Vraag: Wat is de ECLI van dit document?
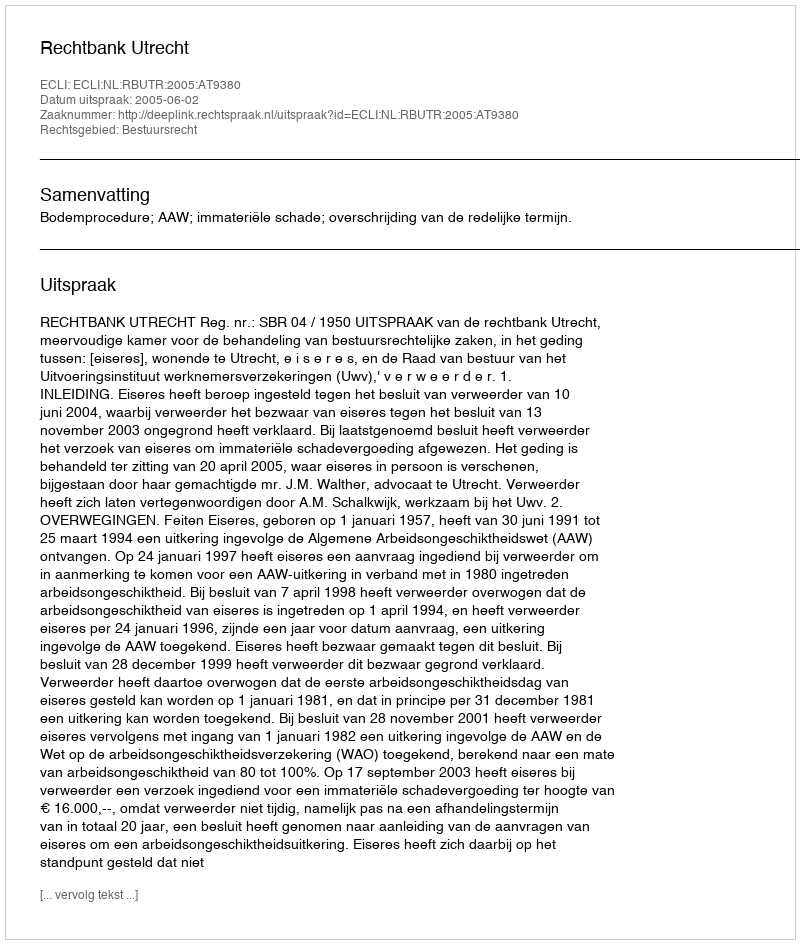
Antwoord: ECLI:NL:RBUTR:2005:AT9380